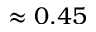
\approx 0 . 4 5